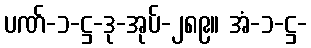
ပဏ်-၁-ဋ္ဌ-ဒု-အုပ်-၂၈၉။ အံ-၁-ဋ္ဌ-